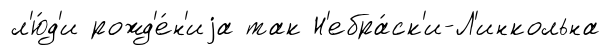
л'ю́д'и рожд'е́н'иjа так Н'ебра́ск'и-Л'инкольна